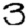
Digit: 3